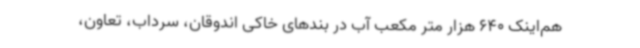
هم‌اینک 640 هزار متر مکعب آب در بندهای خاکی اندوقان، سرداب، تعاون،